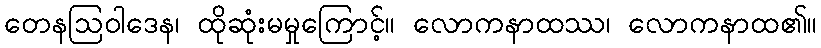
တေနဩဝါဒေန၊ ထိုဆုံးမမှုကြောင့်။ လောကနာထဿ၊ လောကနာထ၏။